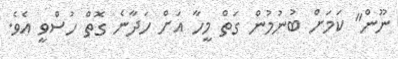
ނޫން" ކަމަށް ބުނުމުން ގަތް މީހާ އަށް ހަދާނެ ގޮތް ހުސްވީ އެވެ.